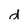
Character: d